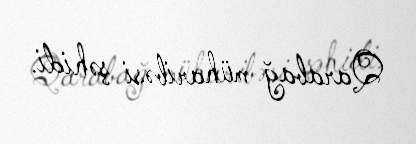
Qarabağ müharibəsi şəhidi.